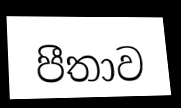
පීතාව